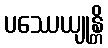
ပဿေယျုန္တိ